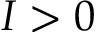
I > 0